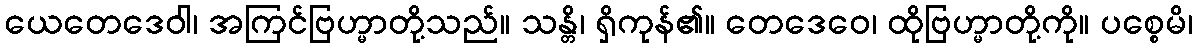
ယေတေဒေဝါ၊ အကြင်ဗြဟ္မာတို့သည်။ သန္တိ၊ ရှိကုန်၏။ တေဒေဝေ၊ ထိုဗြဟ္မာတို့ကို။ ပစ္စေမိ၊